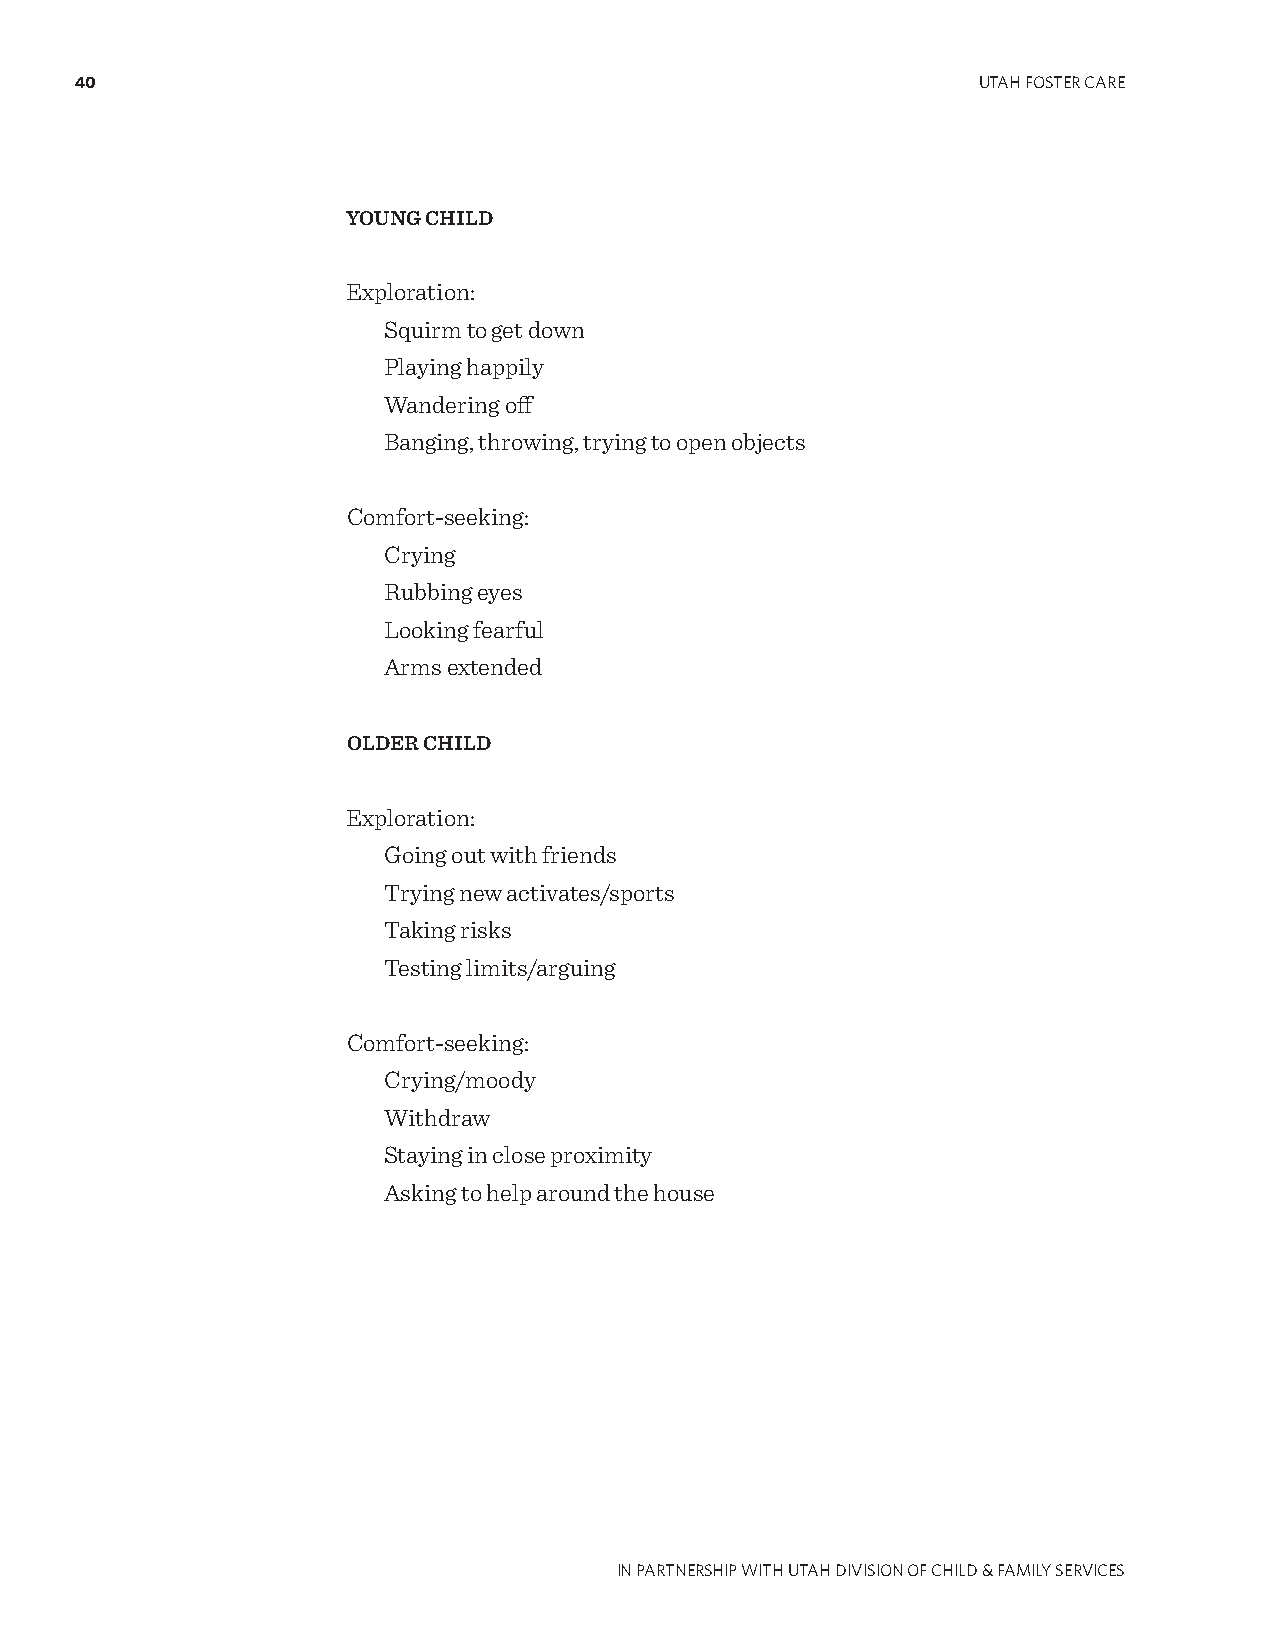
40                                                          UTAH FOSTER CARE
 YOUNG CHILD
 Exploration:
 Squirm to get down
 Playing happily
 Wandering off
 Banging, throwing, trying to open objects
 Comfort-seeking:
 Crying
 Rubbing eyes
 Looking fearful
 Arms extended
 OLDER CHILD
 Exploration:
 Going out with friends
 Trying new activates/sports
 Taking risks
 Testing limits/arguing
 Comfort-seeking:
 Crying/moody
 Withdraw
 Staying in close proximity
 Asking to help around the house
 IN PARTNERSHIP WITH UTAH DIVISION OF CHILD & FAMILY SERVICES